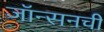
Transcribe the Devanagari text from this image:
जॉन्सनची